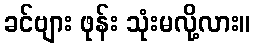
ခင်ဗျား ဖုန်း သုံးမလို့လား။